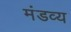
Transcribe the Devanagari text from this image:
मंडव्य